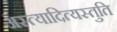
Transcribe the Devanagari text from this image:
अस्त्यादित्यस्तुति